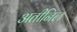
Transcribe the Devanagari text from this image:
अतीनिल